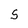
Character: 5